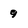
Character: 9